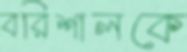
বরিশালকে